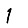
Digit: 1